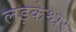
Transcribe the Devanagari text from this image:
लड़केश्वर